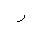
Letter: _ra